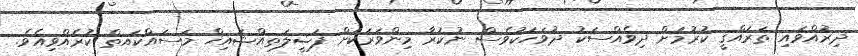
ދިރުއްވައި ތަރައްޤީ ކުރުމަށް ދިވެއްސަކު ދުވަހަކުވެސް ނުކުރާ މިންވަރަކަށް ފަޟީލަތއްޝައިޚް މަސައްކައތް ކުރެއްވިއެވެ.